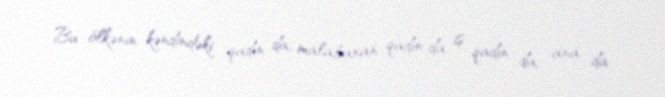
Bu ölkənin kəndindəki qadın da, malabaxan qadın da, iş qadın da, ana da